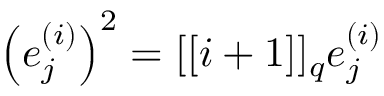
\left( e _ { j } ^ { ( i ) } \right) ^ { 2 } = [ [ i + 1 ] ] _ { { q } } e _ { j } ^ { ( i ) }